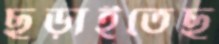
ছড়াইতেছ